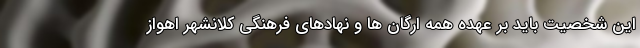
این شخصیت باید بر عهده همه ارگان ها و نهادهای فرهنگی کلانشهر اهواز